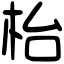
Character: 枱